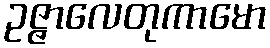
ဥဇ္ဇာလေတုကာမော